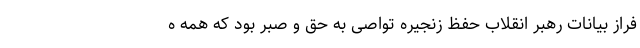
فراز بیانات رهبر انقلاب حفظ زنجیره تواصی به حق و صبر بود که همه ه